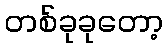
တစ်ခုခုတော့